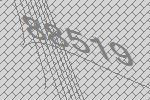
88519